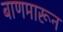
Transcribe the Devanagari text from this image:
बाणमारून